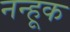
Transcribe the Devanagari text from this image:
नन्हूक